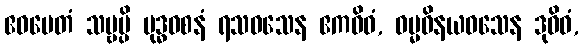
ဧဝမေတံ သဗ္ဗမ္ပိ ဗုဒ္ဓဝစနံ ရသဝသေန ဧကဝိဓံ, ဓမ္မဝိနယဝသေန ဒုဝိဓံ,